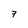
Character: 7